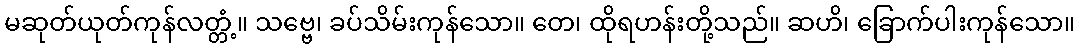
မဆုတ်ယုတ်ကုန်လတ္တံ့။ သဗ္ဗေ၊ ခပ်သိမ်းကုန်သော။ တေ၊ ထိုရဟန်းတို့သည်။ ဆဟိ၊ ခြောက်ပါးကုန်သော။